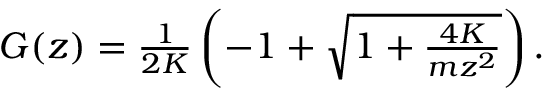
\begin{array} { r } { G ( z ) = \frac { 1 } { 2 K } \left( - 1 + \sqrt { 1 + \frac { 4 K } { m z ^ { 2 } } } \right) . } \end{array}